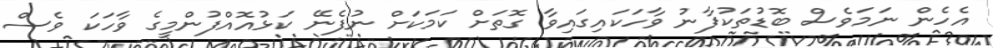
އެހެން ނަމަވެސް ބޮޑުތަކުފާނު ވާހަކައިގައިވާ ގޮތަށް ކަމަކަށް ނުފެނޭ ކަޅުއޮއްފުންމީގެ ވާހަކަ ވެސް